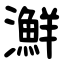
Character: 㶍